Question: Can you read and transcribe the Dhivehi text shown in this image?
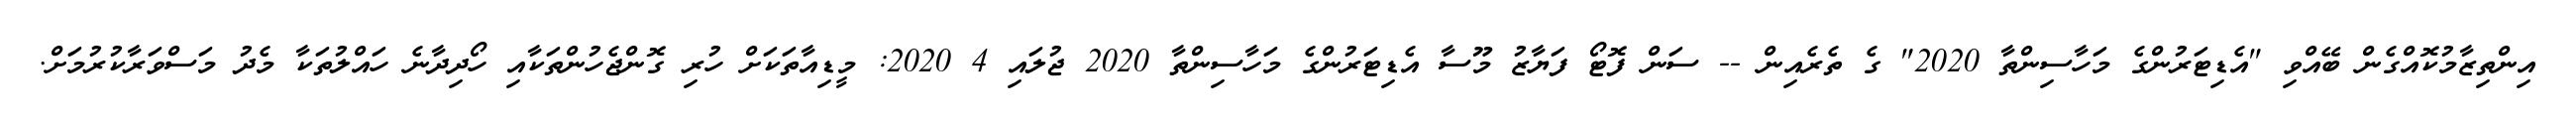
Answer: އިންތިޒާމުކޮއްގެން ބޭއްވި "އެޑިޓަރުންގެ މަހާސިންތާ 2020" ގެ ތެރެއިން -- ސަން ފޮޓޯ ފަޔާޒު މޫސާ އެޑިޓަރުންގެ މަހާސިންތާ 2020 ޖުލައި 4 2020: މީޑިއާތަކަށް ހުރި ގޮންޖެހުންތަކާއި ހޯދިދާނެ ހައްލުތަކާ މެދު މަސްވަރާކުރުމަށް.